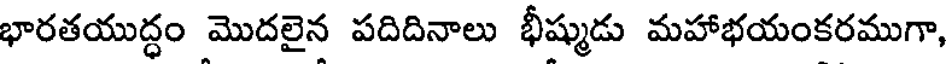
భారతయుద్ధం మొదలైన పదిదినాలు భీష్ముడు మహాభయంకరముగా,